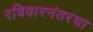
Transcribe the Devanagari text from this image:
रविवारनंतरचा